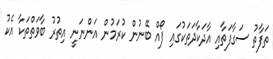
ތަފާތު ސަގާފަތާއި އާދަކާދަތަކުގައި ފޯއް ބޭނުން ކުރަމުން އަންނަނީ އިތުރު ބާވަތްތަކާ އެކު